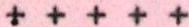
+++++